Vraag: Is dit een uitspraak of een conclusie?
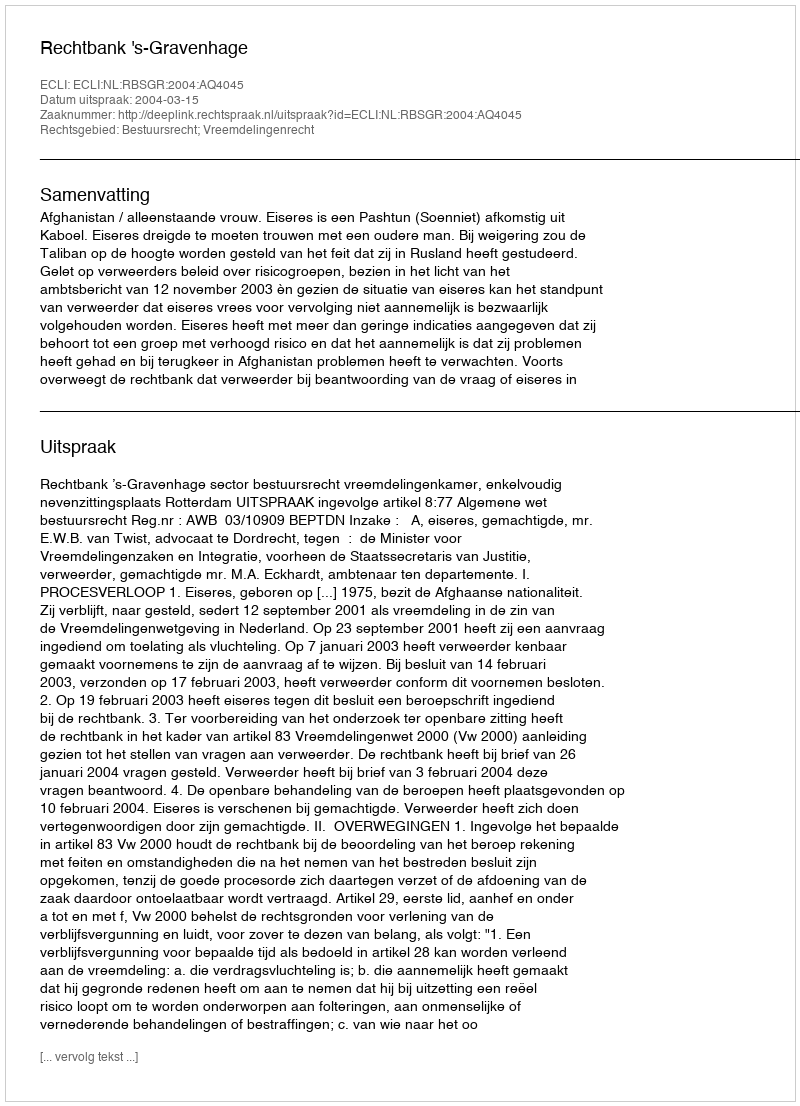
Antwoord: Uitspraak